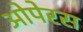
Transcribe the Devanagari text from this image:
ओपेरस